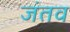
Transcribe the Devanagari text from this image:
जंतव